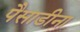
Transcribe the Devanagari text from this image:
पैसाडीना